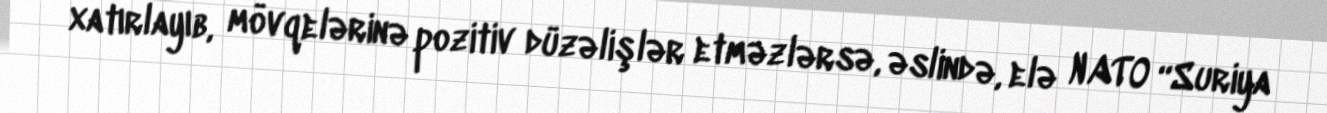
xatırlayıb, mövqelərinə pozitiv düzəlişlər etməzlərsə, əslində, elə NATO “Suriya